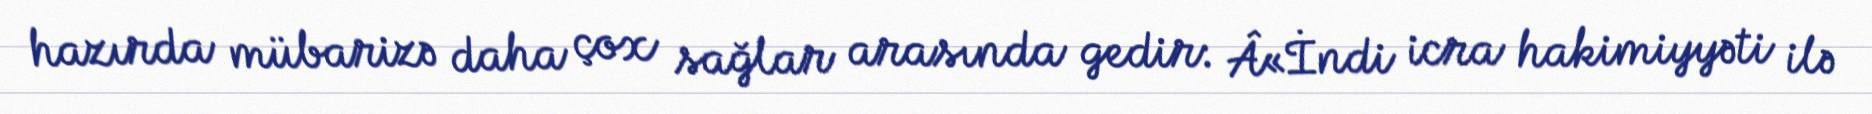
hazırda mübarizə daha çox sağlar arasında gedir: Â«İndi icra hakimiyyəti ilə